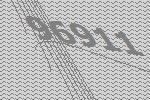
96911